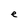
Character: e